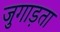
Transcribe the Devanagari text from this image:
जुगाड़ता